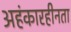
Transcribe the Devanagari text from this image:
अहंकारहीनता